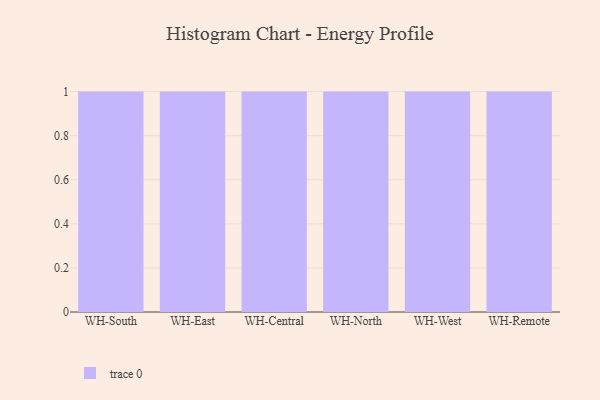
{"axis": {"x": "Warehouse", "y": "Shipments"}, "legend": [""], "data": [{"x": "WH-South", "y": 53, "type": ""}, {"x": "WH-East", "y": 62, "type": ""}, {"x": "WH-Central", "y": 57, "type": ""}, {"x": "WH-North", "y": 51, "type": ""}, {"x": "WH-West", "y": 6, "type": ""}, {"x": "WH-Remote", "y": 39, "type": ""}]}